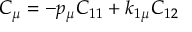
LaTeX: C _ { \mu } = - p _ { \mu } C _ { 1 1 } + k _ { 1 \mu } C _ { 1 2 }